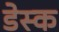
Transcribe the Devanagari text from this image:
डेस्‍क